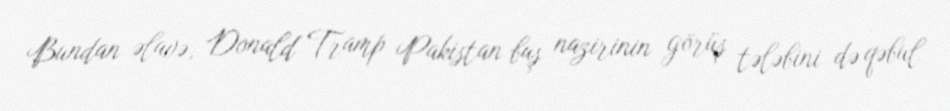
Bundan əlavə, Donald Tramp Pakistan baş nazirinin görüş tələbini də qəbul